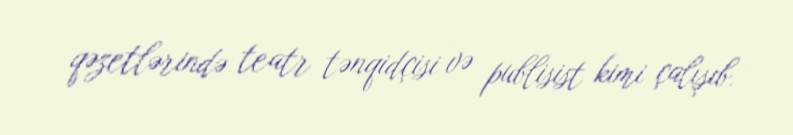
qəzetlərində teatr tənqidçisi və publisist kimi çalışıb.